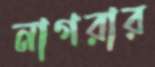
নাগরার